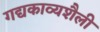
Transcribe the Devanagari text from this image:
गद्यकाव्यशैली